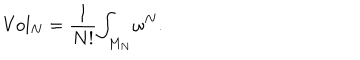
\mathrm { { V o l } } _ { N } = \frac { 1 } { N ! } { \int } _ { M _ { N } } \omega ^ { N } .